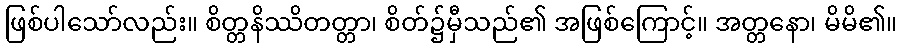
ဖြစ်ပါသော်လည်း။ စိတ္တနိဿိတတ္တာ၊ စိတ်၌မှီသည်၏ အဖြစ်ကြောင့်။ အတ္တနော၊ မိမိ၏။